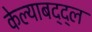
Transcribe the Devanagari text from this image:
केल्याबद्द्ल